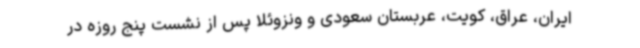
ایران، عراق، کویت، عربستان سعودی و ونزوئلا پس از نشست پنج روزه در